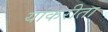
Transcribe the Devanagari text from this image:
यांकरीता